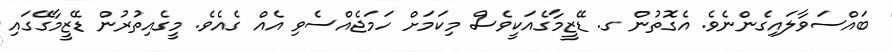
ބައްސަވާލައިގެންނެވެ. އެގޮތުން ގ. ޑޭޒީމާގެއަކީވެސް މިކަމަށް ހަމަޖެއްސެވި އެއް ގެއެވެ. މީގެއިތުރުން ޑޭޒީމާގޭގައި